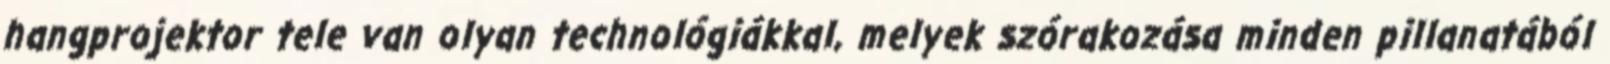
hangprojektor tele van olyan technológiákkal, melyek szórakozása minden pillanatából